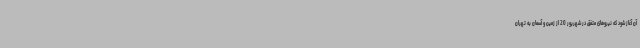
آن آغاز شود که نیروهای متفق در شهریور 20 از زمین و آسمان به تهران